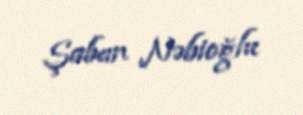
Şaban Nəbioğlu